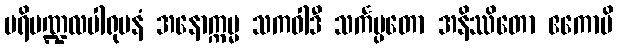
ပရိမဏ္ဍလပါရုပနံ အနောက္ကမ္မ သကဝါဒီ သင်္ကပ္ပတော အနိဿိတော ဧကောပိ